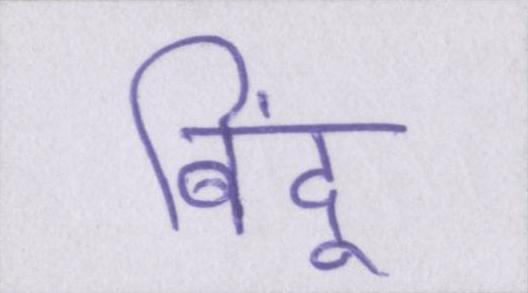
बिंदू